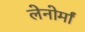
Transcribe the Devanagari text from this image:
लेनोर्मां